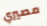
مصيري